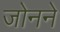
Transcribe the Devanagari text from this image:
जोनने